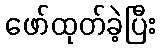
ဖော်ထုတ်ခဲ့ပြီး